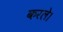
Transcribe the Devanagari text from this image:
करले।